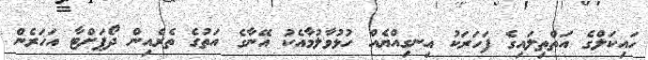
ހައިކަލްގެ އަތްތިލައިގެ ފަހަރަކު އިނގިއްޔެއް ހުޅުވާލުމާއެކު އޭނާގެ އަތުގެ ތެރެއިން ދޯޕަށްޓާ އަހަރެން